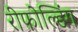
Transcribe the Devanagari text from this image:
रीफोल्डिंग